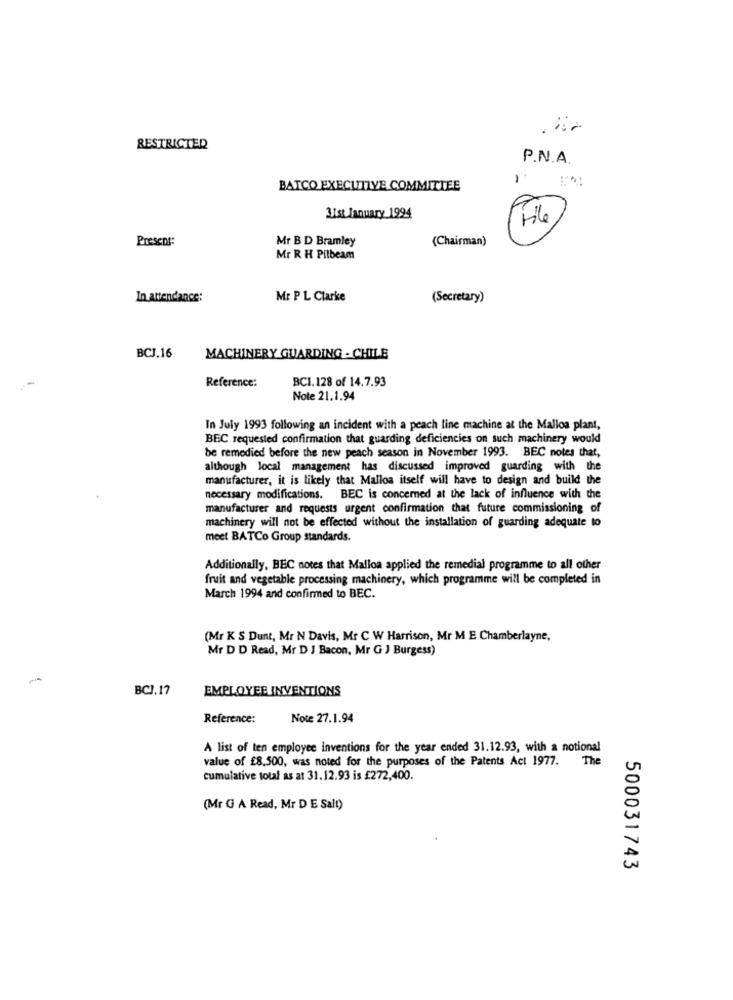
RESTRICTED
P.N.A.
BATCO EXECUTIVE COMMITTEE
31st January 1994
File
Presens:
Mr B D Bramley
(Chairman)
Mr R H Pilbeam
In attendance:
Mr P L Ctarke
(Secretary)
BCJ.16
MACHINERY GUARDING - CHILE
Reference:
BCI. 128 of 14.7.93
Note 21.1.94
In July 1993 following an incident with a peach line machine at the Malloa plant,
BEC requested confirmation that guarding deficiencies on such machinery would
be remedied before the new peach season in November 1993. BEC notes that,
although local management has discussed improved guarding with the
manufacturer, it is likely that Malloa itself will have to design and build the
necessary modifications. BEC is concerned at the lack of influence with the
manufacturer and requests urgent confirmation that future commissioning of
machinery will not be effected without the installation of guarding adequate to
meet BATCo Group standards.
Additionally, BEC notes that Malloa applied the remedial programme to all other
fruit and vegetable processing machinery, which programme will be completed in
March 1994 and confirmed to BEC.
(Mr K S Dunt, Mr N Davis, Mr C W Harrison, Mr M E Chamberlayne,
Mr D D Read, Mr D J Bacon, Mr G J Burgess)
BCJ.17
EMPLOYEE INVENTIONS
Reference:
Note 27.1.94
A list of ten employee inventions for the year ended 31.12.93, with a notional
value of £8,500, was noted for the purposes of the Patents Act 1977. The
cumulative total as at 31.12.93 is £272,400.
(Mr G A Read, Mr D E Salt)
500031743